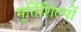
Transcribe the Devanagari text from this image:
मूर्तिशिल्पों